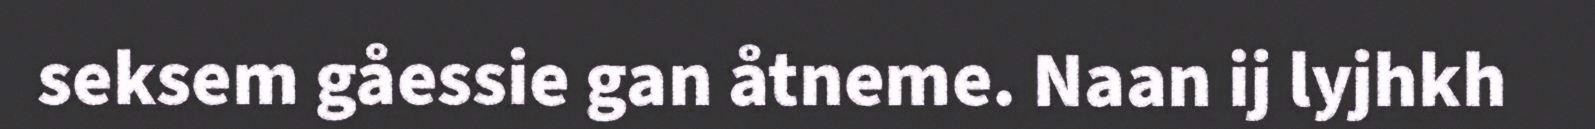
seksem gåessie gan åtneme. Naan ij lyjhkh